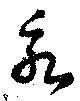
永